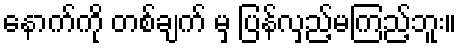
နောက်ကို တစ်ချက် မှ ပြန်လှည့်မကြည့်ဘူး။